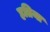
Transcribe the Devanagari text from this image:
हतिया